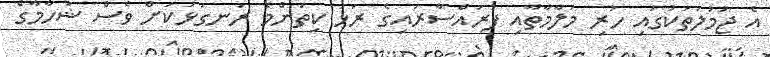
އެ ޖުމުލަތަކުގައި ހުރި މަލާމާތާއި ފުރައްސާރައިގެ ރަހަ ކިތަންމެ ރަނގަޅަކަށް ވެސް ޝަހާމާގެ